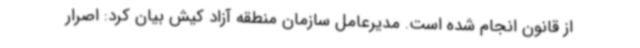
از قانون انجام شده است. مدیرعامل سازمان منطقه آزاد کیش بیان کرد: اصرار